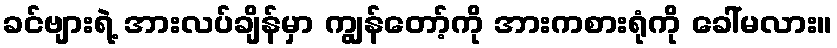
ခင်ဗျားရဲ့ အားလပ်ချိန်မှာ ကျွန်တော့်ကို အားကစားရုံကို ခေါ်မလား။